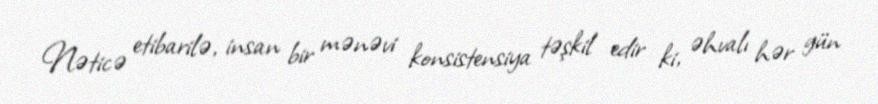
Nəticə etibarilə, insan bir mənəvi konsistensiya təşkil edir ki, əhvalı hər gün